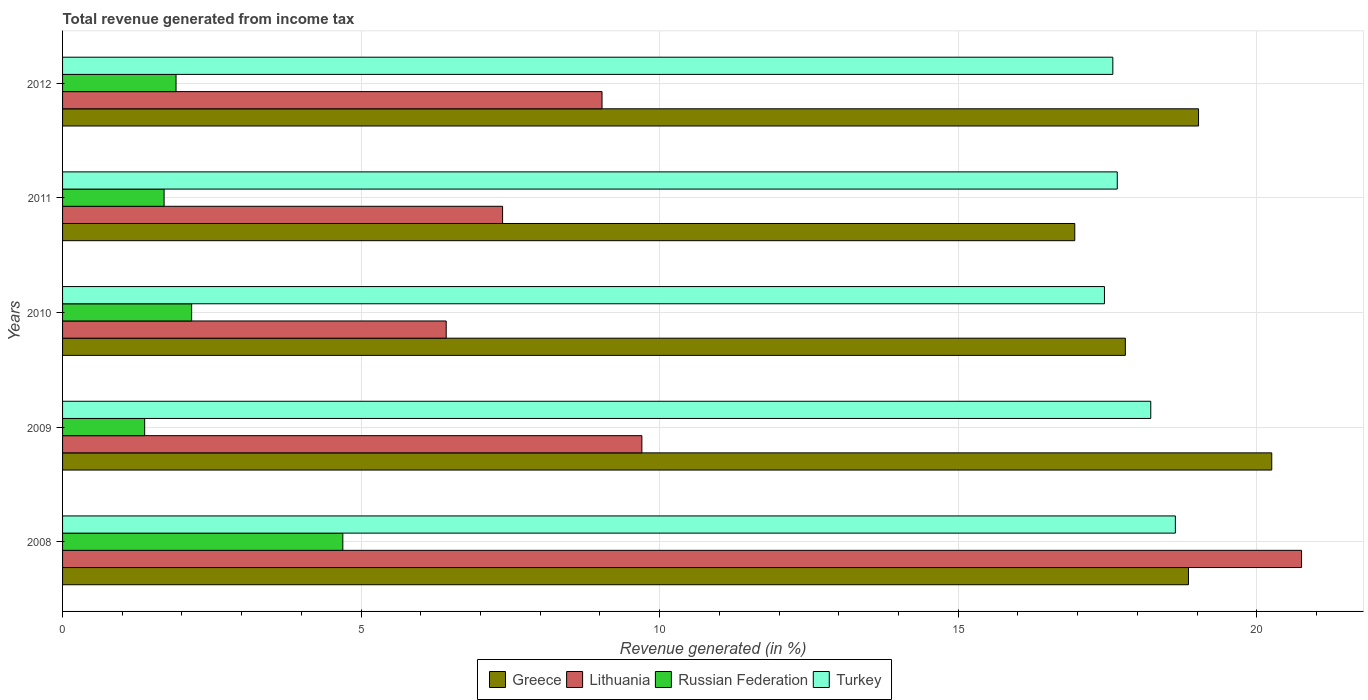
| Years | Greece | Lithuania | Russian Federation | Turkey |
 | --- | --- | --- | --- | --- |
 | 2008 | 18.9 | 20.7 | 4.69 | 18.6 |
 | 2009 | 20.3 | 9.7 | 1.38 | 18.2 |
 | 2010 | 17.8 | 6.42 | 2.16 | 17.4 |
 | 2011 | 17 | 7.37 | 1.7 | 17.7 |
 | 2012 | 19 | 9.03 | 1.9 | 17.6 |